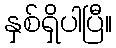
နှစ်ရှိပါပြီ။